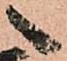
へ